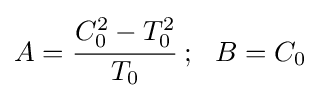
A={\cfrac {C_{0}^{2}-T_{0}^{2}}{T_{0}}}~;~~B=C_{0}~